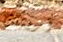
أريتك